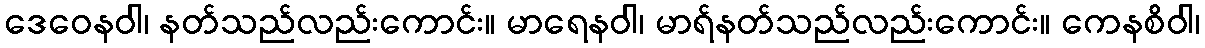
ဒေဝေနဝါ၊ နတ်သည်လည်းကောင်း။ မာရေနဝါ၊ မာရ်နတ်သည်လည်းကောင်း။ ကေနစိဝါ၊